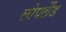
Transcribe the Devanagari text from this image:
लोपलैंड